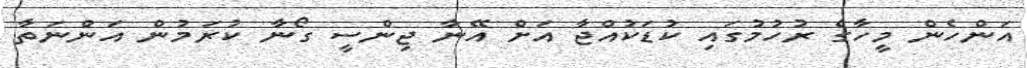
އަންހެން މީހާގެ ރުހުމުގައި ކުޑަކުއްޖާ އަށް އޭނާ ޖިންސީ ގޯނާ ކުރަމުން އަންނަތާ